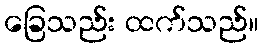
ခြေသည်း ထက်သည်။